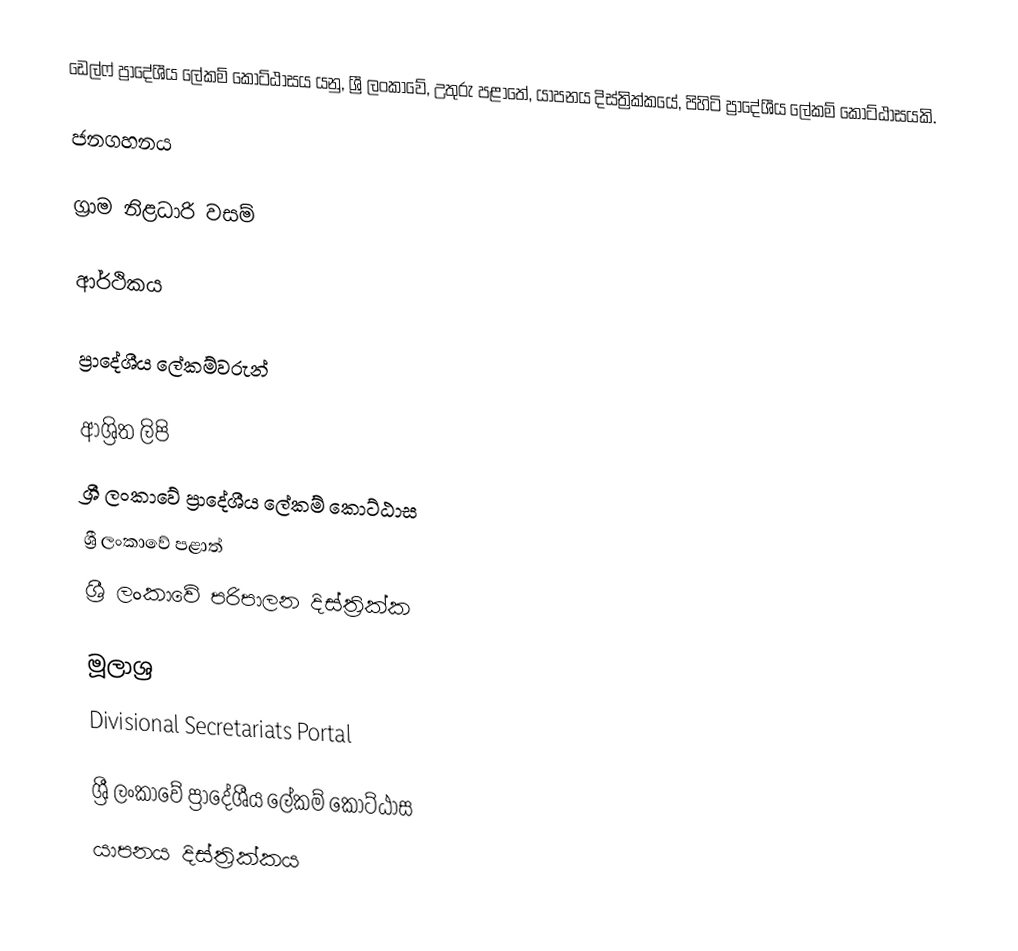
ඩෙල්ෆ් ප්‍රාදේශීය ලේකම් කොට්ඨාසය යනු,  ශ්‍රී ලංකාවේ, උතුරු පළාතේ,   යාපනය දිස්ත්‍රික්කයේ, පිහිටි ප්‍රාදේශීය ලේකම් කොට්ඨාසයකි.

ජනගහනය

ග්‍රාම නිළධාරි වසම්

ආර්ථිකය

ප්‍රාදේශීය ලේකම්වරුන්

ආශ්‍රිත ලිපි
ශ්‍රී ලංකාවේ ප්‍රාදේශීය ලේකම් කොට්ඨාස
ශ්‍රී ලංකාවේ පළාත්
ශ්‍රී ලංකාවේ පරිපාලන දිස්ත්‍රික්ක

මූලාශ්‍ර
 Divisional Secretariats Portal

ශ්‍රී ලංකාවේ ප්‍රාදේශීය ලේකම් කොට්ඨාස
යාපනය දිස්ත්‍රික්කය